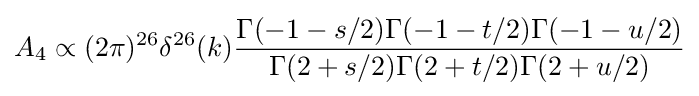
A_{4}\propto (2\pi )^{26}\delta ^{26}(k){\frac {\Gamma (-1-s/2)\Gamma (-1-t/2)\Gamma (-1-u/2)}{\Gamma (2+s/2)\Gamma (2+t/2)\Gamma (2+u/2)}}